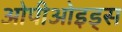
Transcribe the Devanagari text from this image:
ओपीओइड्स